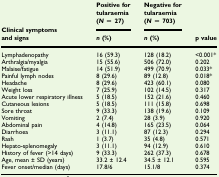
<table><thead><tr><td rowspan="2"><b>Clinical symptoms and signs</b></td><td><b>Positive for tularaemia (<i>N</i> = 27)</b></td><td><b>Negative for tularaemia (<i>N</i> = 703)</b></td><td rowspan="2"><b>p value</b></td></tr><tr><td><b><i>n</i> (%)</b></td><td><b><i>n</i> (%)</b></td></tr></thead><tbody><tr><td>Lymphadenopathy</td><td>16 (59.3)</td><td>128 (18.2)</td><td>&lt;0.001*</td></tr><tr><td>Arthralgia/myalgia</td><td>15 (55.6)</td><td>506 (72.0)</td><td>0.202</td></tr><tr><td>Malaise/fatigue</td><td>14 (51.9)</td><td>499 (70.9)</td><td>0.033*</td></tr><tr><td>Painful lymph nodes</td><td>8 (29.6)</td><td>89 (12.8)</td><td>0.018*</td></tr><tr><td>Headache</td><td>8 (29.6)</td><td>423 (60.1)</td><td>0.080</td></tr><tr><td>Weight loss</td><td>7 (25.9)</td><td>102 (14.5)</td><td>0.317</td></tr><tr><td>Acute lower respiratory illness</td><td>5 (18.5)</td><td>152 (21.6)</td><td>0.460</td></tr><tr><td>Cutaneous lesions</td><td>5 (18.5)</td><td>111 (15.8)</td><td>0.698</td></tr><tr><td>Sore throat</td><td>9 (33.3)</td><td>138 (19.6)</td><td>0.109</td></tr><tr><td>Vomiting</td><td>2 (7.4)</td><td>28 (3.9)</td><td>0.920</td></tr><tr><td>Abdominal pain</td><td>4 (14.8)</td><td>165 (23.5)</td><td>0.064</td></tr><tr><td>Diarrhoea</td><td>3 (11.1)</td><td>87 (12.3)</td><td>0.294</td></tr><tr><td>Rash</td><td>1 (3.7)</td><td>35 (4.8)</td><td>0.571</td></tr><tr><td>Hepato-splenomegaly</td><td>3 (11.1)</td><td>94 (12.9)</td><td>0.610</td></tr><tr><td>History of fever (&gt;14 days)</td><td>9 (33.3)</td><td>262 (37.3)</td><td>0.678</td></tr><tr><td>Age, mean ± SD (years)</td><td>33.2 ± 12.4</td><td>34.5 ± 12.1</td><td>0.595</td></tr><tr><td>Fever onset/median (days)</td><td>17.8/6</td><td>15.1/8</td><td>0.374</td></tr></tbody></table>